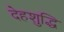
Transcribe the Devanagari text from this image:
देहशुद्धि